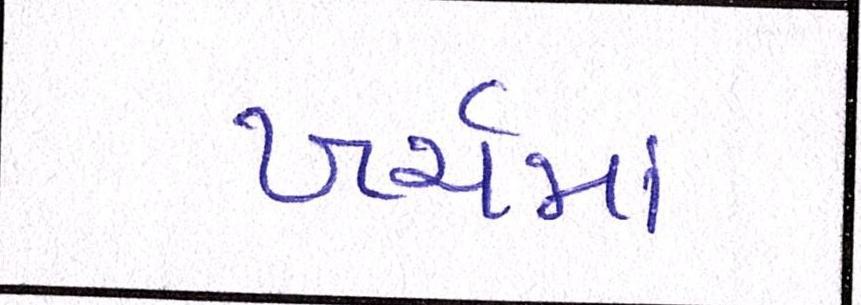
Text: ખર્ચમાં